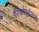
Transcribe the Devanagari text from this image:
गैरवर्तणुकीसाठी